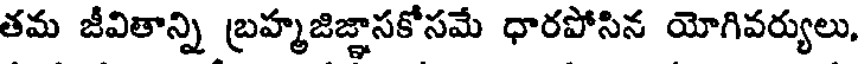
తమ జీవితాన్ని బ్రహ్మజిజ్ఞాసకోసమే ధారపోసిన యోగివర్యులు,